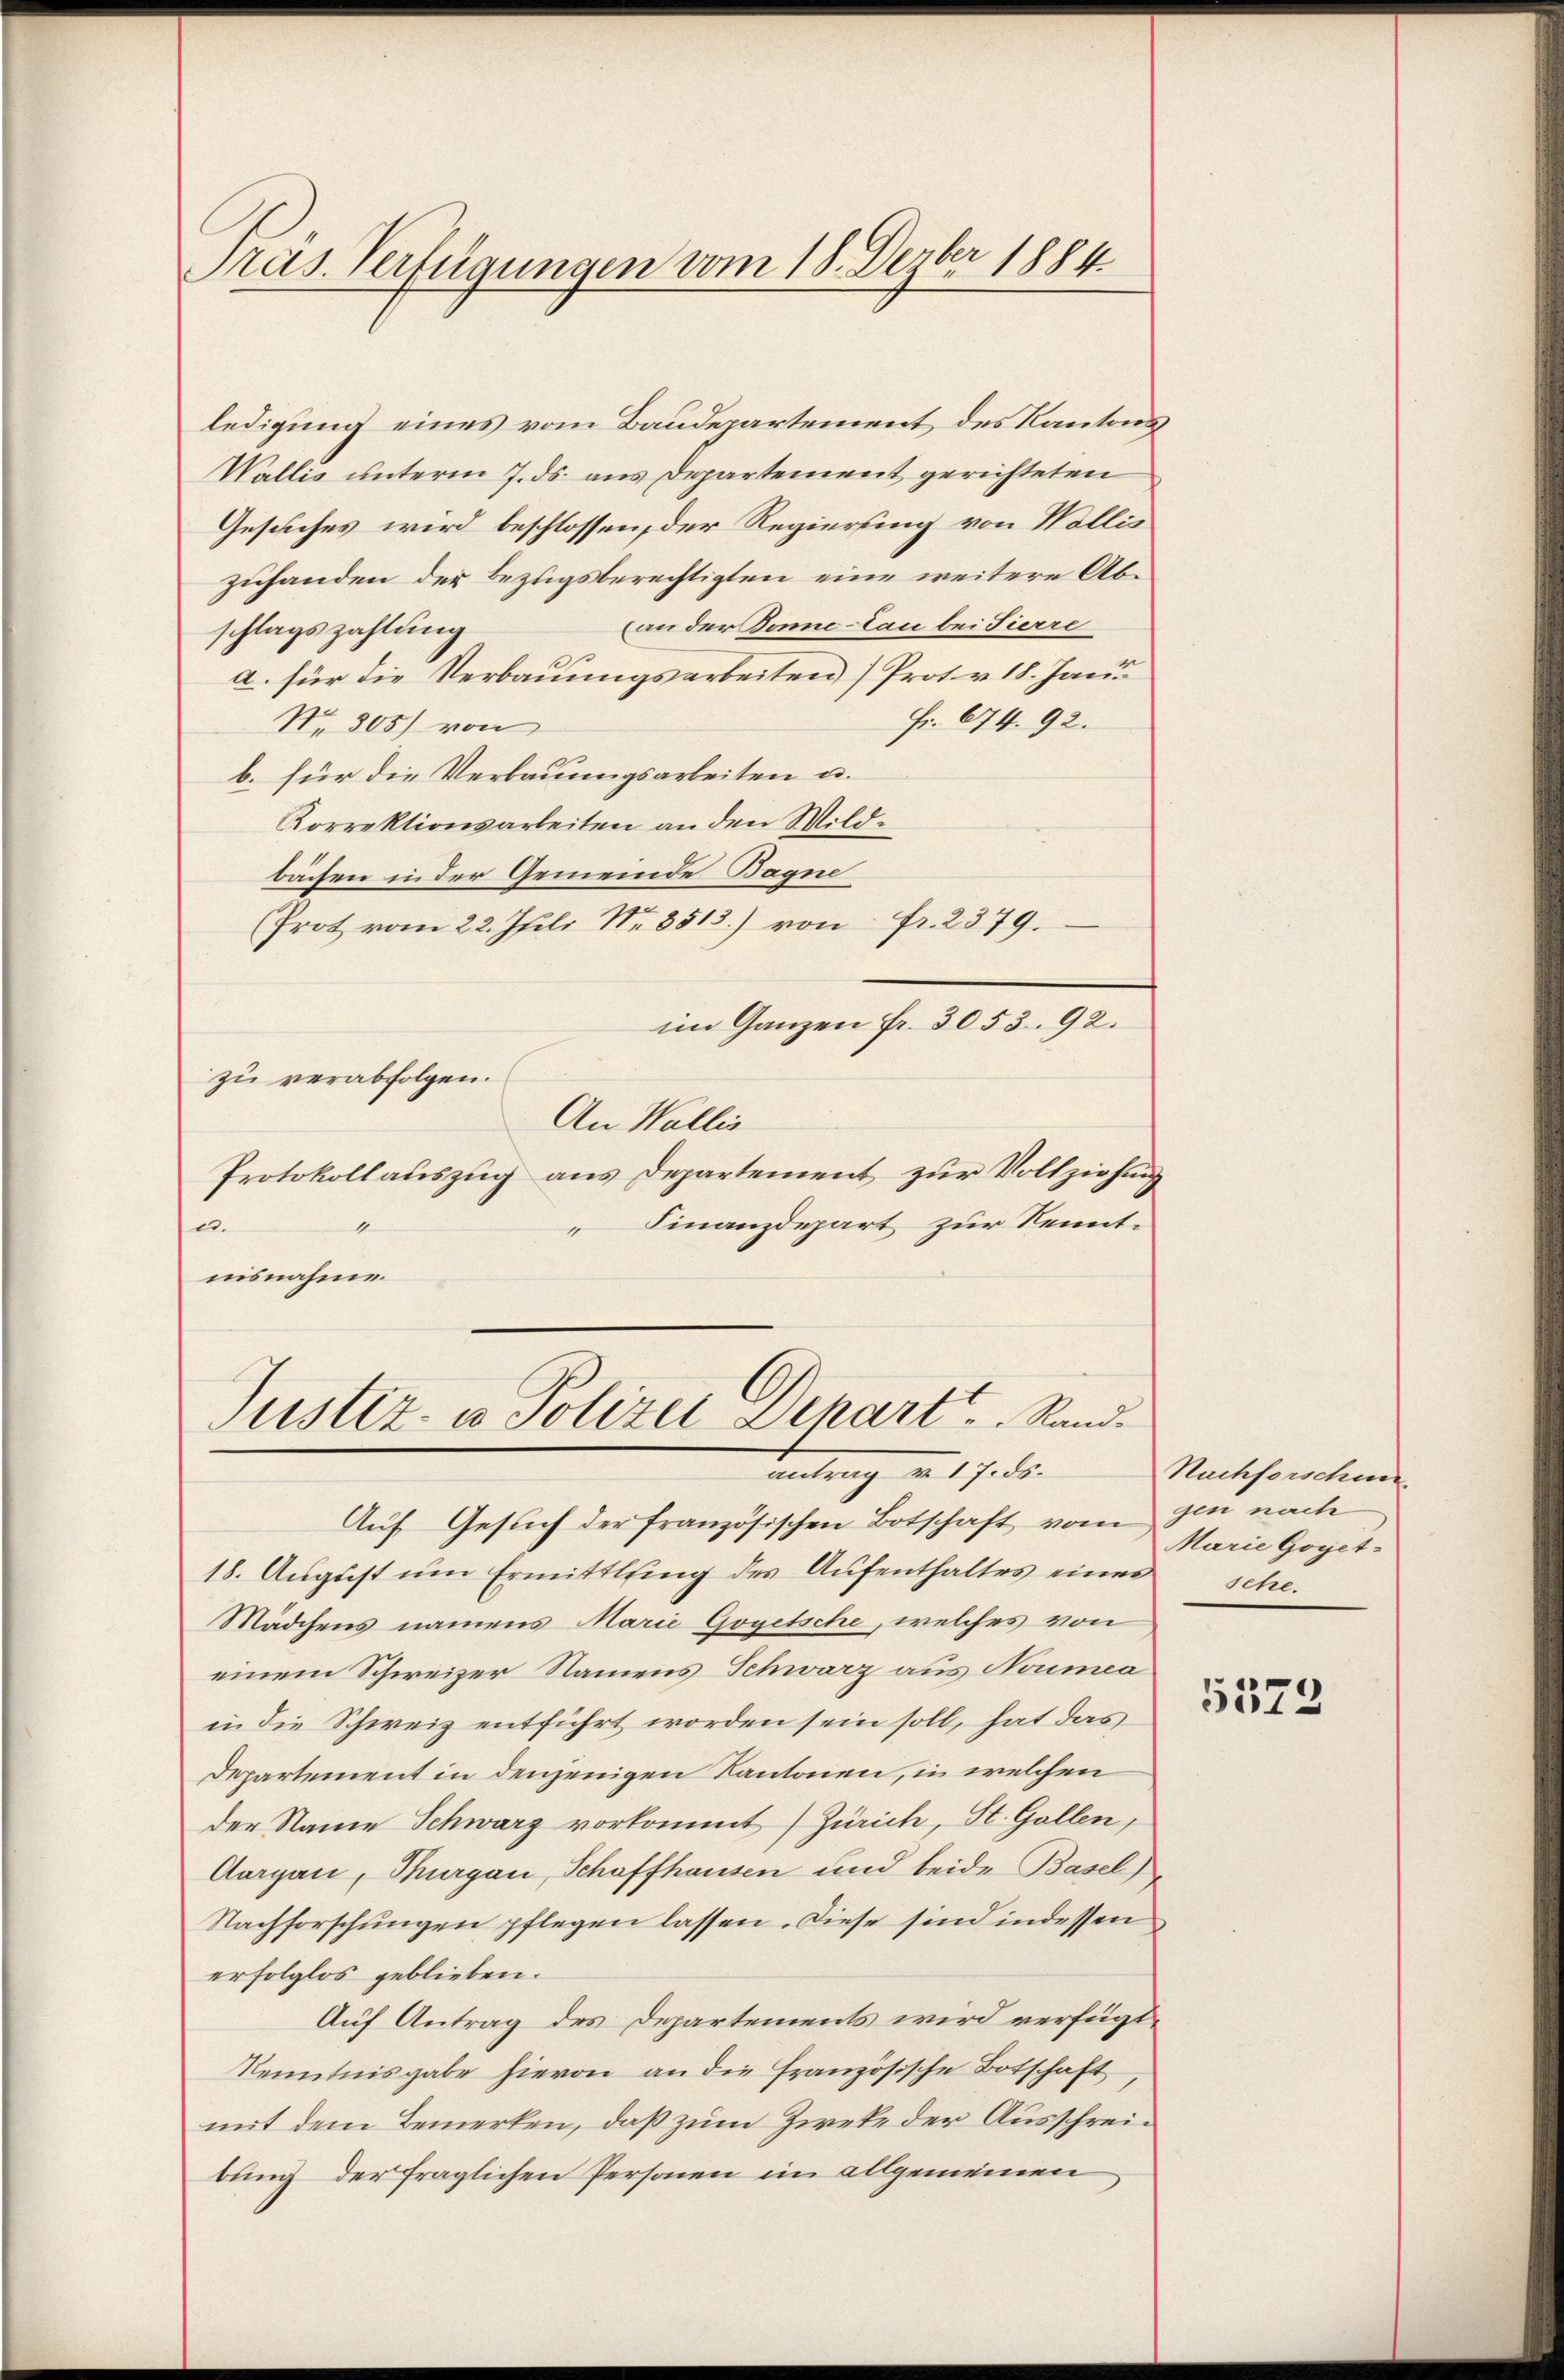
Pras. Verfügungen vom 18. Dezber 1884.

ledigung eines vom Baudepartement des Kantons
Wallis unterm 7. ds. aus Departement gerichteten
Gesuches wird beschlossen, der Regierung von Wollis
zuhanden der Bezugsberechtigten eine weitere Ab¬
(an der Tonne-Can bei Tierre
schlagszahlung
a. für die Verbauungsarbeiten) Protov 18. Janu
Fr. 674. 92.
Nr. 305) von
b. für die Verbauungsarbeiten u.
Korrektionsarbeiten an den Wildbächen in der Gemeinde Bagne
Prot vom 22. Juli Nr. 8513.) von Fr. 2379.
im Ganzen fr. 3053. 92.
zu verabfolgen.
An Wallis
Protokollauszug aus Departement zur Vollziehung
Finanzdepart zur Kennte.
1
nisnahme.

Justiz- u Polizei Depart . . . .  Sand¬
Centrag von 17. ds.

Auf Gesuch der französischen Botschaft vom den nach
18. August um Ermittlung des Aufenthaltes eines
Mädchens namens Marie Gogetsche, welches von
einem Schweizer Namens Schwarz aus Nouma
in die Schweiz entführt worden sein soll, hat das
Departement in denjenigen Kantonen, in welchen
der Name Schwarz vorkommt Zürich, St. Gallen,
Aargau, Thurgau, Schaffhausen und beide Basel
Nachforschungen pflegen lassen. Diese sind indessen
erfolglos geblieben.
Auf Antrag des Departements wird verfügt,
Kenntnisgabe hievon an die französische Botschaft
mit dem Bemerken, daß zum Zweke der Ausschreibung der fraglichen Personen im allgemeinen

Nachforschun
Marie Gogetsche.

5573